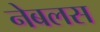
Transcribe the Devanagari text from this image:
नेबलस